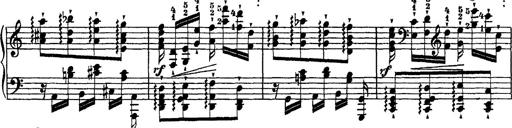
Title: Ã‰tudes d'exÃ©cution transcendante d'aprÃ¨s Paganini
Composer: Franz Liszt